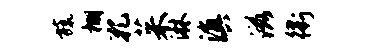
旒棚孔茱淋滇滋衢